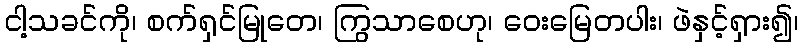
ငါ့သခင်ကို၊ စက်ရှင်မြုတေ၊ ကြွသာစေဟု၊ ဝေးမြေတပါး၊ ဖဲနှင့်ရှား၍၊